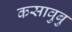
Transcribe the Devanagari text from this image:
कसावुबु